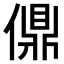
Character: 𫣨